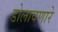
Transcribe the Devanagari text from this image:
डोलावणारे